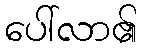
ပေါ်လာ၏